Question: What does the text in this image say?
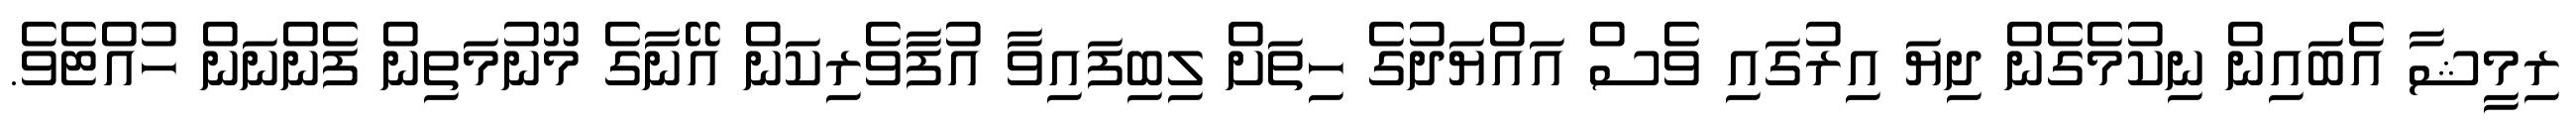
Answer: ރިމީޝާ އެބައިން ނިކުމެގެން ދިޔަ އިރުގައި ވެސް އައްޔަދުގެ ހިތަށް ލިބިފައިވާ އުފާވެރިކަން އޭނާގެ މޫނުމަތިން ފެންނަން ހުއްޓެވެ.